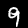
Label: 9